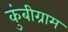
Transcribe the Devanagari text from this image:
कुंबीग्राम